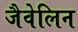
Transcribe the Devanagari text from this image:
जैवेलिन